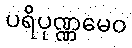
ပရိပုဏ္ဏမေဝ